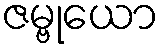
ဇမ္ဗုယော